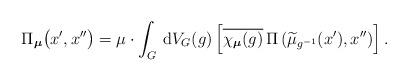
LaTeX: \begin{align*} \Pi_{\boldsymbol{\mu} }\big (x',x'' \big)=\mu \cdot \int_G \, \mathrm{d} V_G (g) \left[\overline{\chi_{\boldsymbol{\mu}} (g)} \,\Pi\left( \widetilde{\mu}_{g^{-1}}( x' ),x'' \right) \right].\end{align*}